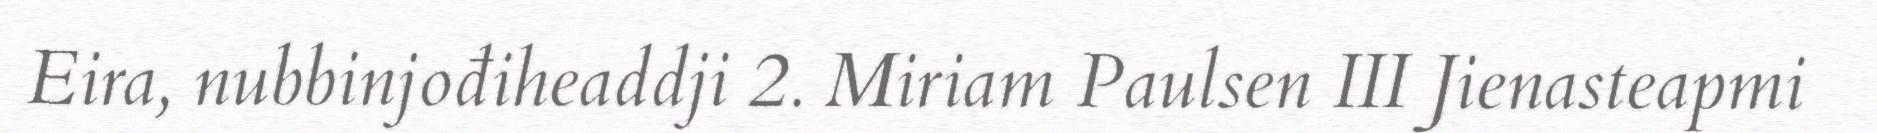
Eira, nubbinjođiheaddji 2. Miriam Paulsen III Jienasteapmi